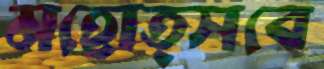
মহোত্সবে